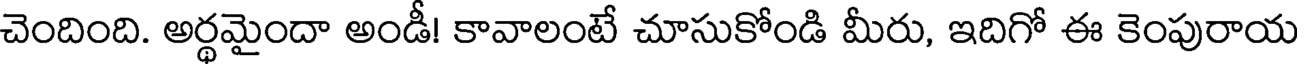
చెందింది. అర్థమైందా అండీ! కావాలంటే చూసుకోండి మీరు, ఇదిగో ఈ కెంపురాయ